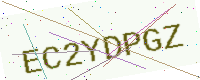
Text: EC2YDPGZ